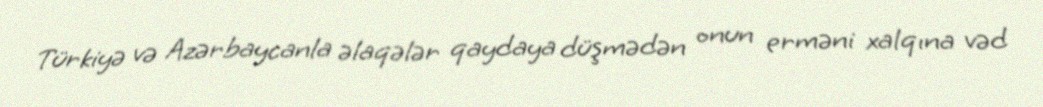
Türkiyə və Azərbaycanla əlaqələr qaydaya düşmədən onun erməni xalqına vəd